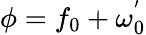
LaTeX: \phi=f_{0}+\omega_{0}^{'}